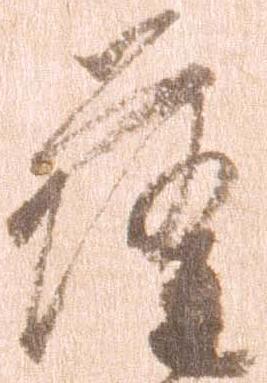
薩